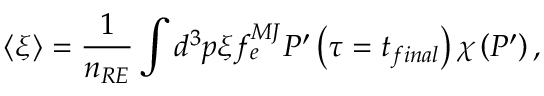
\left\langle \xi \right\rangle = \frac { 1 } { n _ { R E } } \int d ^ { 3 } p \xi f _ { e } ^ { M J } P ^ { \prime } \left( \tau = t _ { f i n a l } \right) \chi \left( P ^ { \prime } \right) ,